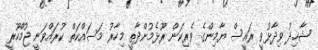
ޝާހިދު ވިދާޅުވީ ރައީސް ޔާމިންގެ ވެރިކަން ރޫޅެމުންދާތީ މިހާރު މަސައްކަތް ކުރައްވަނީ ޖުމްހޫރީ